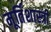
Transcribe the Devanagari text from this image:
मूर्तिशास्त्री